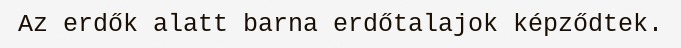
Az erdők alatt barna erdőtalajok képződtek.